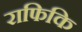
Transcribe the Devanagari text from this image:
राफिकि